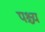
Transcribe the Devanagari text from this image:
पश्च्य